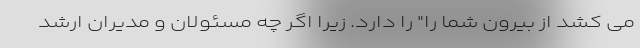
می کشد از بیرون شما را" را دارد. زیرا اگر چه مسئولان و مدیران ارشد